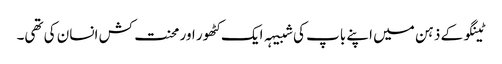
ٹینگو کے ذہن میں اپنے باپ کی شبیہہ ایک کٹھور اور محنت کش انسان کی تھی۔